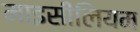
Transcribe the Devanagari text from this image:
माइसीलियम